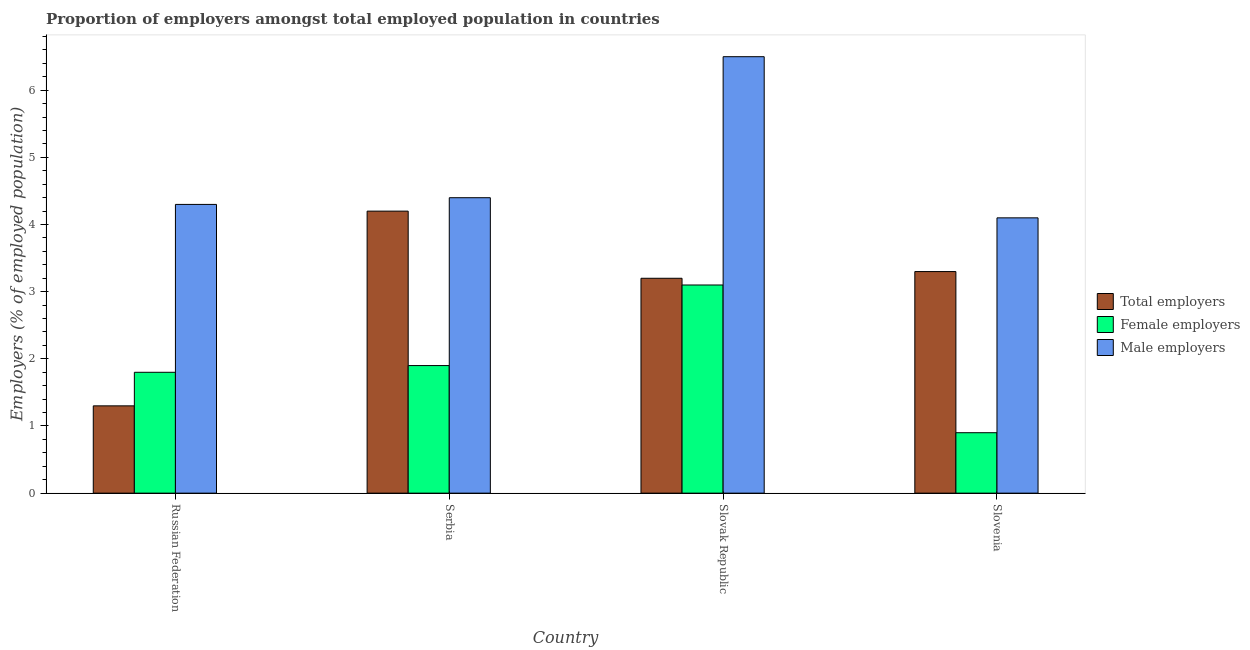
| Country | Total employers | Female employers | Male employers |
 | --- | --- | --- | --- |
 | Russian Federation | 1.3 | 1.8 | 4.3 |
 | Serbia | 4.2 | 1.9 | 4.4 |
 | Slovak Republic | 3.2 | 3.1 | 6.5 |
 | Slovenia | 3.3 | 0.9 | 4.1 |